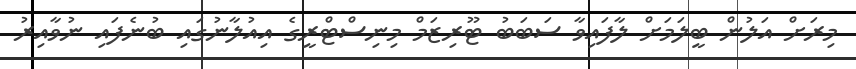
މިރަށް އަލުން ބީލަމަށް ލާފައިވާ ސަބަބު ޓޫރިޒަމް މިނިސްޓްރީގެ އިއުލާނުގައި ބުނެފައި ނުވާއިރު